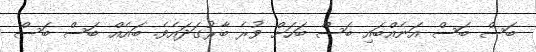
ބަސް ބަސް އަނެއްބައި ބަސް ބަހަށް ވުރެ ބާރުގަދައެވެ. ބައެއް ބަސް ބަސް